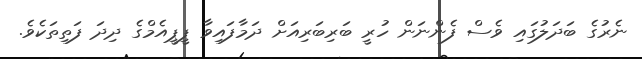
ނެރުގެ ބަދަލުގައި ވެސް ފެންނަން ހުރީ ބަރިބަރިއަށް ދަމާފައިވާ ޕީޕީއެމްގެ ދިދަ ފަތިތަކެވެ.